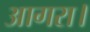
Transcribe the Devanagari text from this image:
आगरा।